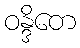
ဝန္ဒိတေ